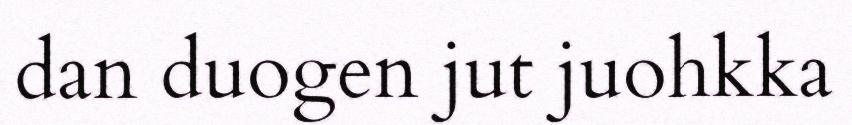
dan duogen jut juohkka